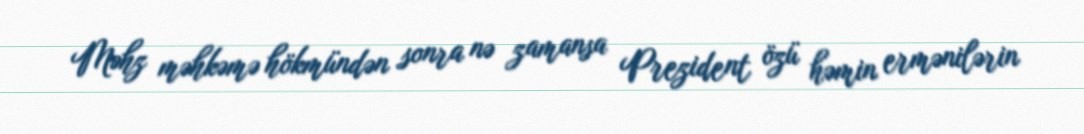
Məhz məhkəmə hökmündən sonra nə zamansa Prezident özü həmin ermənilərin